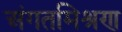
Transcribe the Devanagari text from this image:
अंगतमिश्रण